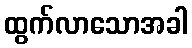
ထွက်လာသောအခါ